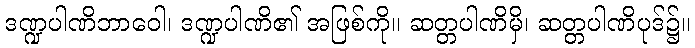
ဒဏ္ဍပါဏိဘာဝေါ၊ ဒဏ္ဍပါဏိ၏ အဖြစ်ကို။ ဆတ္တပါဏိမှိ၊ ဆတ္တပါဏိပုဒ်၌။